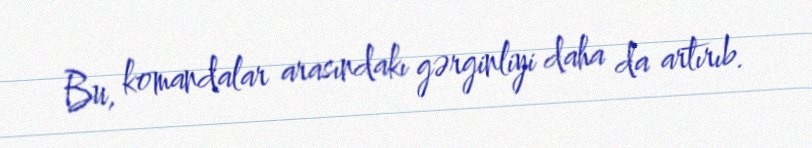
Bu, komandalar arasındakı gərginliyi daha da artırıb.